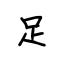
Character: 足